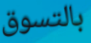
بالتسوق